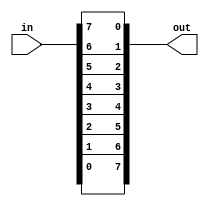
// Exercise 2-2-7: Vector Reversal 1
module veRceV (
    input [7:0] in,
    output [7:0] out
);
    assign out = {in[0],in[1],in[2],in[3],in[4],in[5],in[6],in[7]};

    // for loop method
    /*
    reg [7:0] out_r;
    assign out = out_r;

    integer i;
    always @(*) begin
        for (i = 0; i < 8; i = i + 1) begin
            out_r[i] = in[7-i];
        end
    end
    */

    // genvar method
    /*
    generate
        genvar i;
        for (i = 0; i < 8; i = i + 1)
        begin: vec_reverse
            assign out[i] = in[7-i];
        end
    endgenerate
    */
endmodule